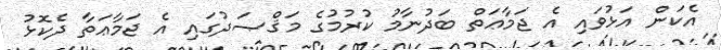
އެކަން އަޅުވައި އެ ޖަމާޢަތް ބަދުނާމު ކުރުމުގެ މަޤްޞަދުގައި އެ ޖަމާޢަތާ ދެކޮޅު